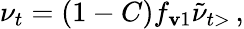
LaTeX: \nu_{t}=(1-C)f_{\mathbf{v}1}\tilde{{\nu}}_{t>}\, ,